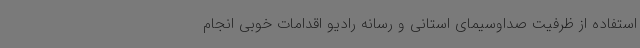
استفاده از ظرفیت صداوسیمای استانی و رسانه رادیو اقدامات خوبی انجام